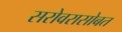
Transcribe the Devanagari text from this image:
सरोवरासोबत